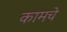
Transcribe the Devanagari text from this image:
कामचे